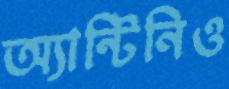
অ্যান্টিনিও